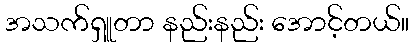
အသက်ရှူတာ နည်းနည်း အောင့်တယ်။